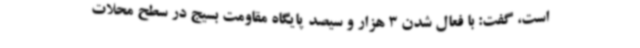
است، گفت: با فعال شدن 3 هزار و سیصد پایگاه مقاومت بسیج در سطح محلات